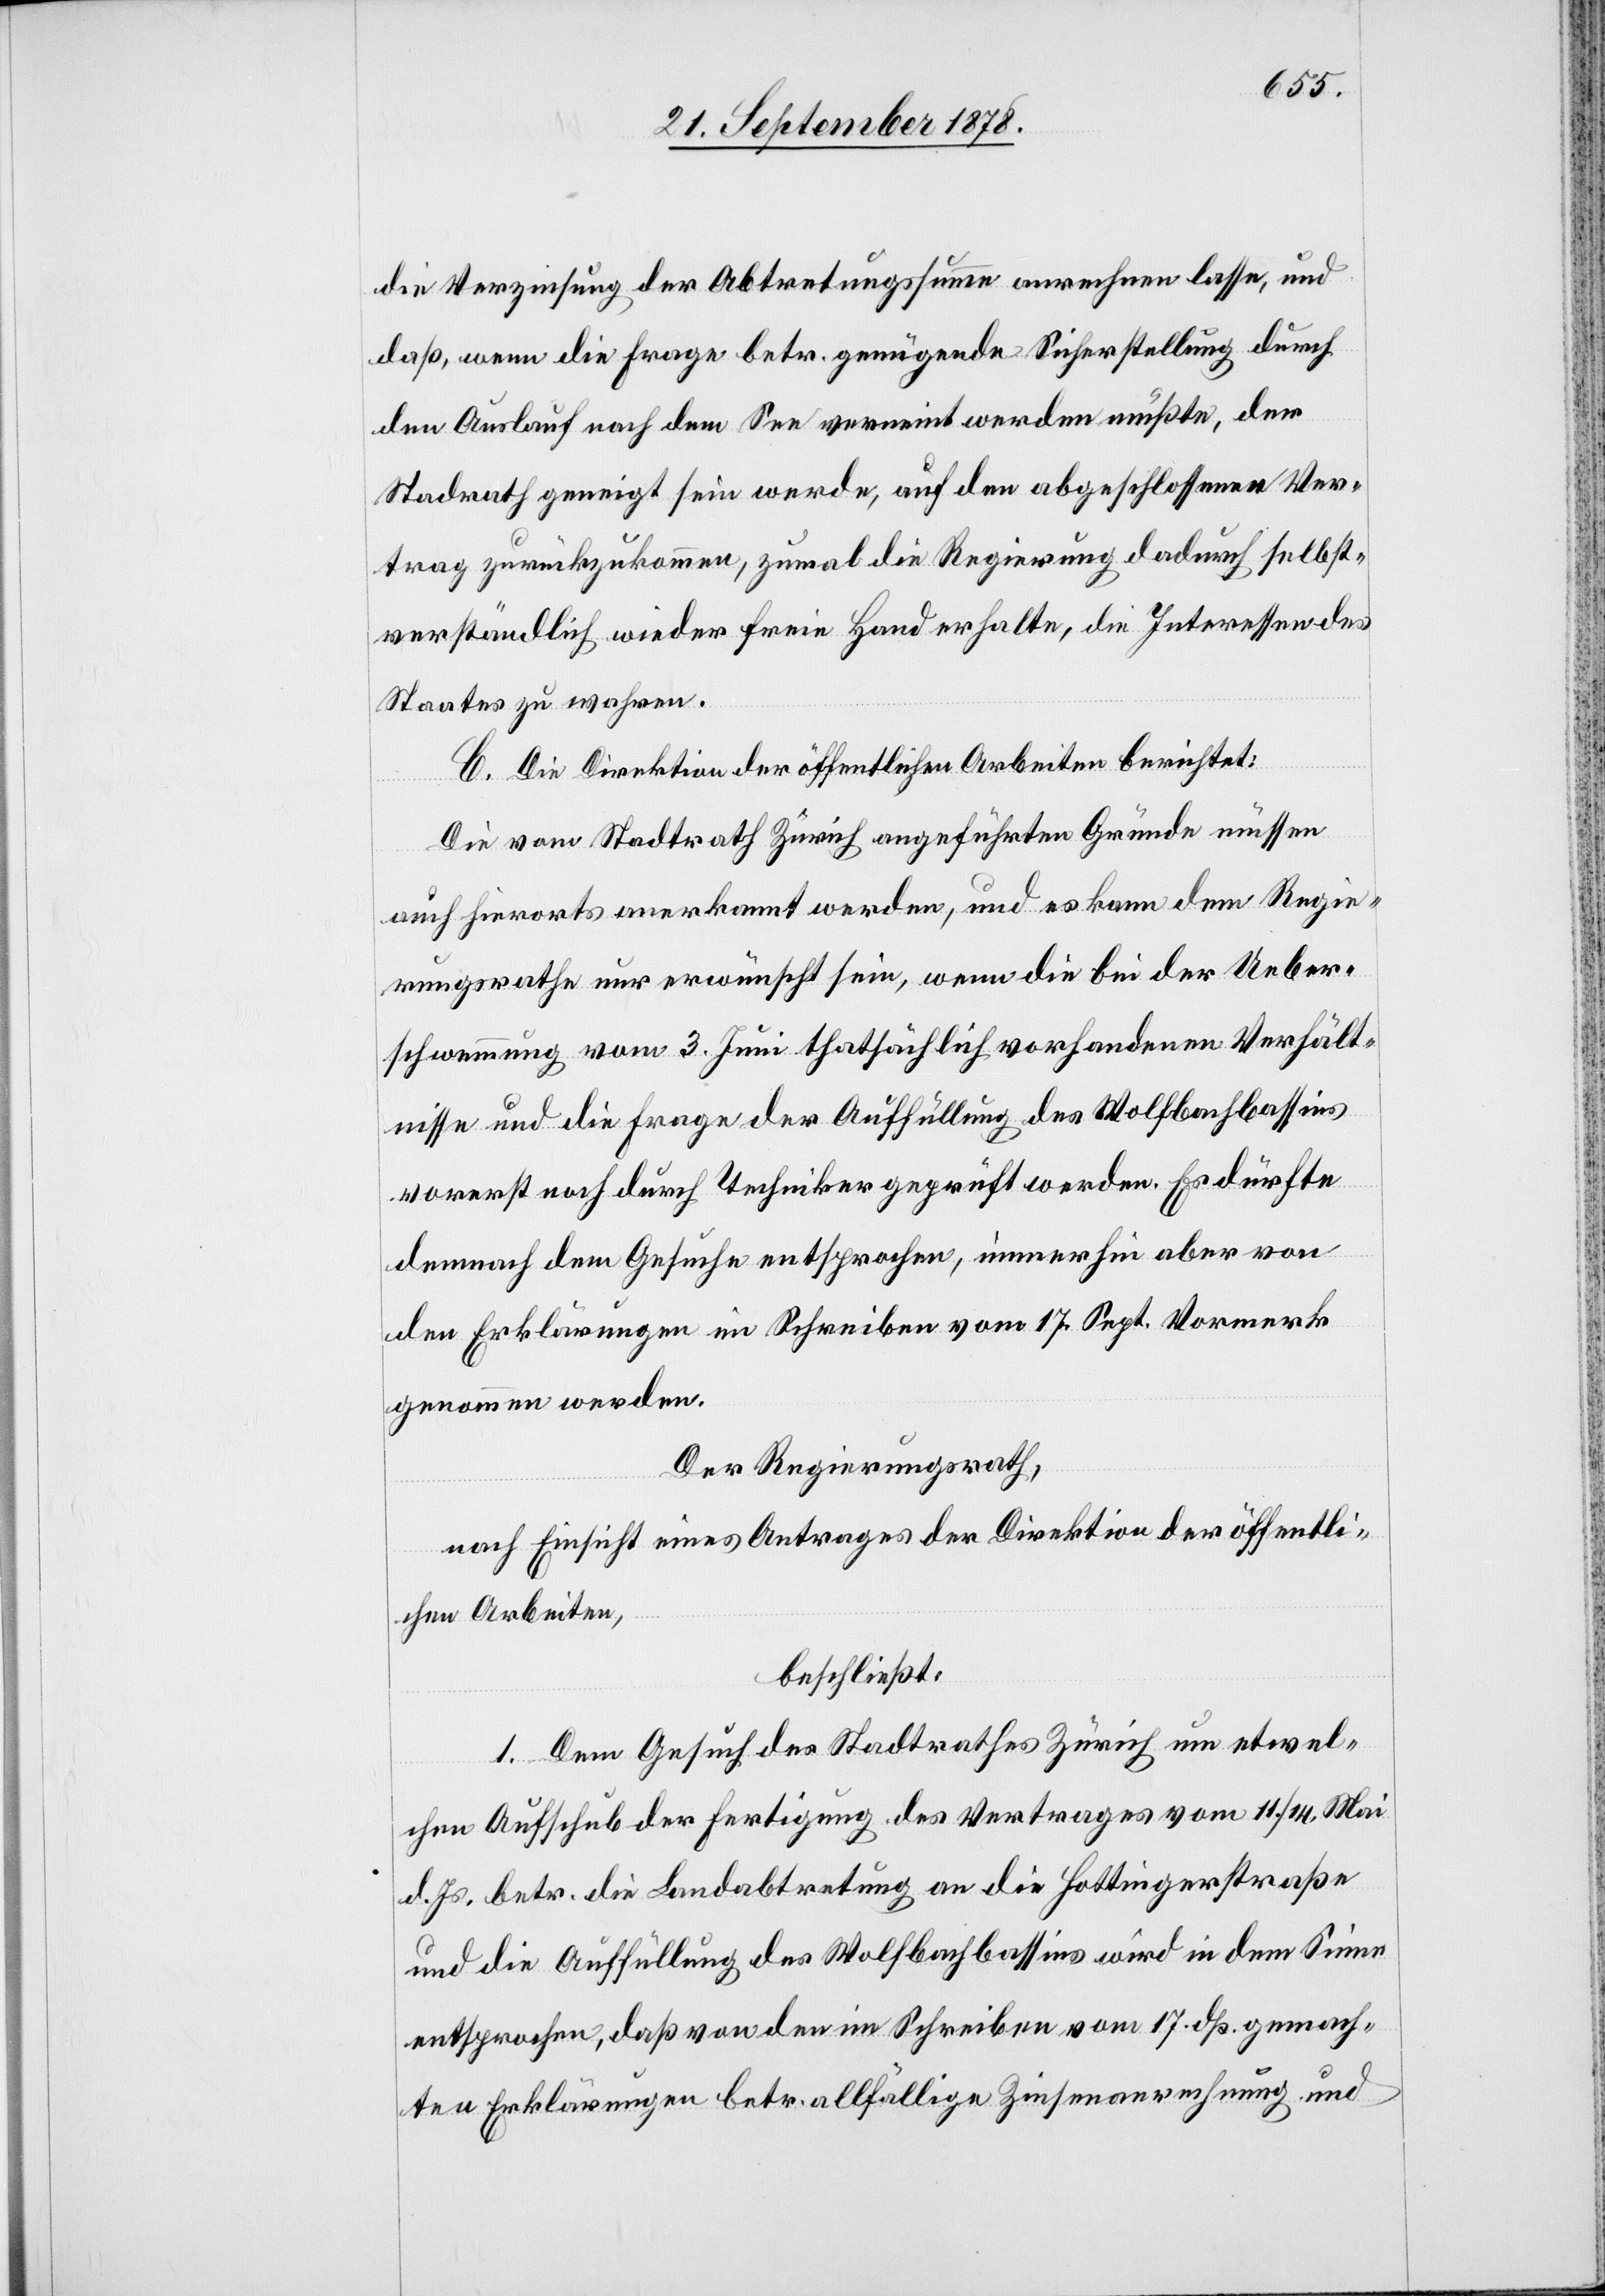
die Verzinsung der Abtretungssumme anrechnen lasse, und
daß, wenn die Frage betr. genügende Sicherstellung durch
den Auslauf nach dem See vereint werden müßte, der
Stadtrath geneigt sein werde, auf den abgeschlossenen Ver¬
trag zurückzukommen, zumal die Regierung dadurch selbst¬
verständlich wieder freie Hand erhalte, die Interessen des
Staates zu wahren.
C. Die Direktion der öffentlichen Arbeiten berichtet:
Die vom Stadtrath Zürich angeführten Gründe müssen
auch hierorts anerkannt werden, und es kann dem Regie¬
rungsrathe nur erwünscht sein, wenn die bei der Ueber¬
schwemmung vom 3. Juni thatsächlich vorhandenen Verhält¬
nisse und die Frage der Auffüllung des Wolfbachbassins
vorerst noch durch Techniker geprüft werden. Es dürfte
demnach dem Gesuche entsprechen, immerhin aber von
den Erklärungen im Schreiben vom 17. Sept. Vormerk
genommen werden.
Der Regierungsrath,
nach Einsicht eines Antrages der Direktion der öffentli¬
chen Arbeiten,
beschließt:
1. Dem Gesuch des Stadtrathes Zürich um etwel¬
chen Aufschub der Fertigung des Vertrages vom 11./14. Mai
d. Js. betr. die Landabtretung an die Hottingerstraße
und die Auffüllung des Wolfbachbassins wird in dem Sinne
entsprochen, daß von den im Schreiben vom 17. dß. gemach¬
ten Erklärungen betr. allfällige Zinsenanrechnung und